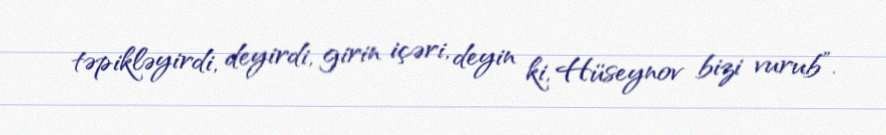
təpikləyirdi, deyirdi, girin içəri, deyin ki, Hüseynov bizi vurub”.